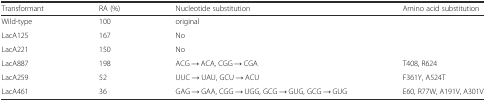
<table><thead><tr><td><b>Transformant</b></td><td><b>RA (%)</b></td><td><b>Nucleotide substitution</b></td><td><b>Amino acid substitution</b></td></tr></thead><tbody><tr><td>Wild-type</td><td>100</td><td>original</td><td></td></tr><tr><td>LacA125</td><td>167</td><td>No</td><td></td></tr><tr><td>LacA221</td><td>150</td><td>No</td><td></td></tr><tr><td>LacA887</td><td>198</td><td>ACG → ACA, CGG → CGA</td><td>T408, R624</td></tr><tr><td>LacA259</td><td>52</td><td>UUC → UAU, GCU → ACU</td><td>F361Y, A524T</td></tr><tr><td>LacA461</td><td>36</td><td>GAG → GAA, CGG → UGG, GCG → GUG, GCG → GUG</td><td>E60, R77W, A191V, A301V</td></tr></tbody></table>